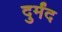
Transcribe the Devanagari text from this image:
दुर्मंद